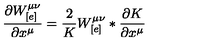
\frac { \partial W _ { [ e ] } ^ { \mu \nu } } { \partial x ^ { \mu } } = \frac { 2 } { K } W _ { [ e ] } ^ { \mu \nu } * \frac { \partial K } { \partial x ^ { \mu } }